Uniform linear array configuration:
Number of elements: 4
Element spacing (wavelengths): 1
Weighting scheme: cosine
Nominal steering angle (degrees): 15
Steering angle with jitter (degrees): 14.487
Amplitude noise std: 0.05
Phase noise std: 0.05

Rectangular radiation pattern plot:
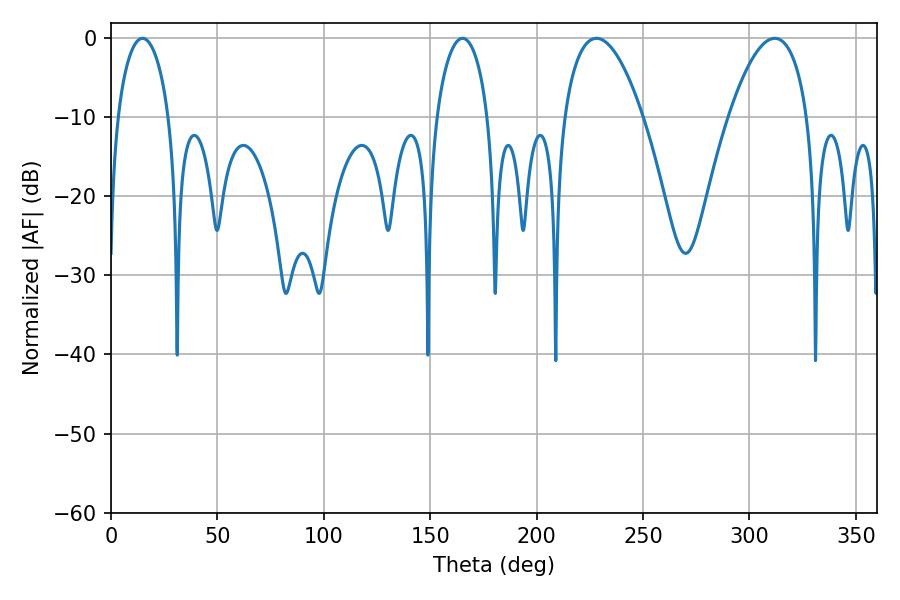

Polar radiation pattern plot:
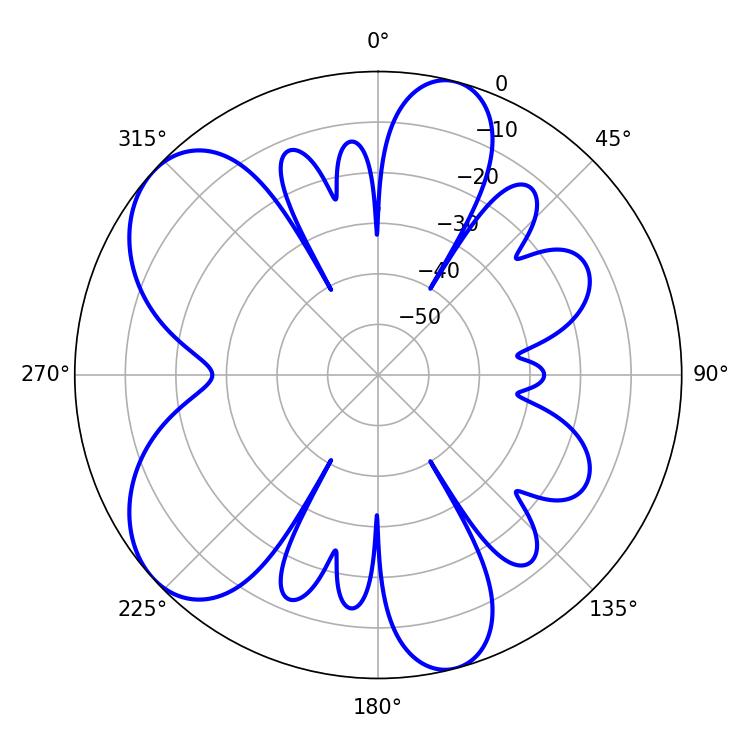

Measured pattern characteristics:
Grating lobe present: TRUE
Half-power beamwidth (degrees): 20.52
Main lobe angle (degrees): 311.94